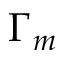
\Gamma _ { m }